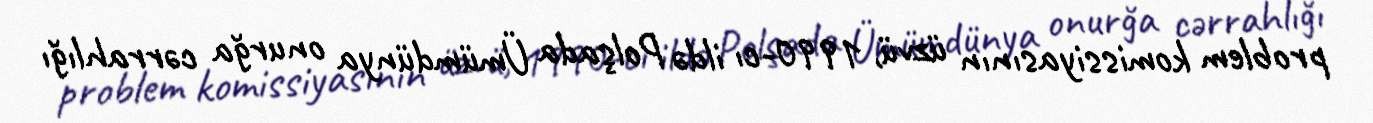
problem komissiyasının üzvü, 1990-cı ildə Polşada Ümümdünya onurğa cərrahlığı